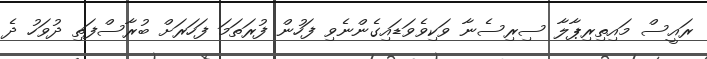
ރައީސް މައިތިރިޕާލާ ސިރިސެނާ ވަކިވެވަޑައިގެންނެވި ފަހުން ފުރަތަމަ ފަހަރަށް ބުރާސްފަތި ދުވަހު ދެ